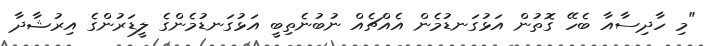
"މި ހާދިސާއާ ބެހޭ ގޮތުން އަޅުގަނޑުމެން އެއްޗެއް ނުބުނެތިބީ އަޅުގަނޑުމެންގެ ލީޑަރުންގެ އިރުޝާދާ